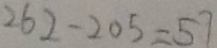
2 6 2 - 2 0 5 = 5 7